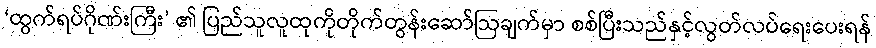
‘ထွက်ရပ်ဂိုဏ်းကြီး’ ၏ ပြည်သူလူထုကိုတိုက်တွန်းဆော်ဩချက်မှာ စစ်ပြီးသည်နှင့်လွတ်လပ်ရေးပေးရန်